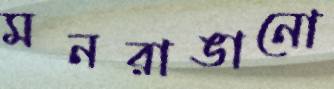
মনরাঙানো